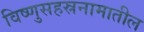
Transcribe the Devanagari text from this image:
विष्णुसहस्रनामातील